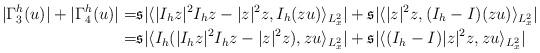
LaTeX: \begin{align*}|\Gamma_3^h(u)|+|\Gamma_4^h(u)|=&\mathfrak{s}|\langle|I_h z|^2I_h z -|z|^2z,I_h (z u)\rangle_{L_x^2}|+\mathfrak{s}|\langle |z|^2z,(I_h -I)(z u)\rangle_{L_x^2}|\\=&\mathfrak{s}|\langle I_h(|I_h z|^2I_h z -|z|^2z),z u \rangle_{L_x^2}|+\mathfrak{s}|\langle (I_h-I)|z|^2z,z u\rangle_{L_x^2}|\end{align*}